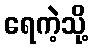
ရေကဲ့သို့